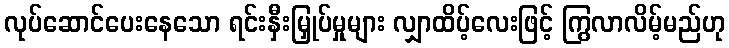
လုပ်ဆောင်ပေးနေသော ရင်းနှီးမြှုပ်မှုများ လျှာထိပ့်လေးဖြင့် ကြွလာလိမ့်မည်ဟု